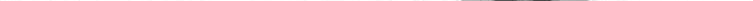
___